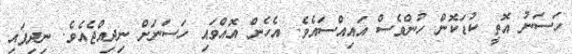
ހަސަނު އޮތީ ކުޑަކޮން ހުންވެސް އައިއްސައެވެ. އެހެން އޮއްވައި ހަސަނަށް ނިދިއްޖެއެވެ. ނިދިފައި